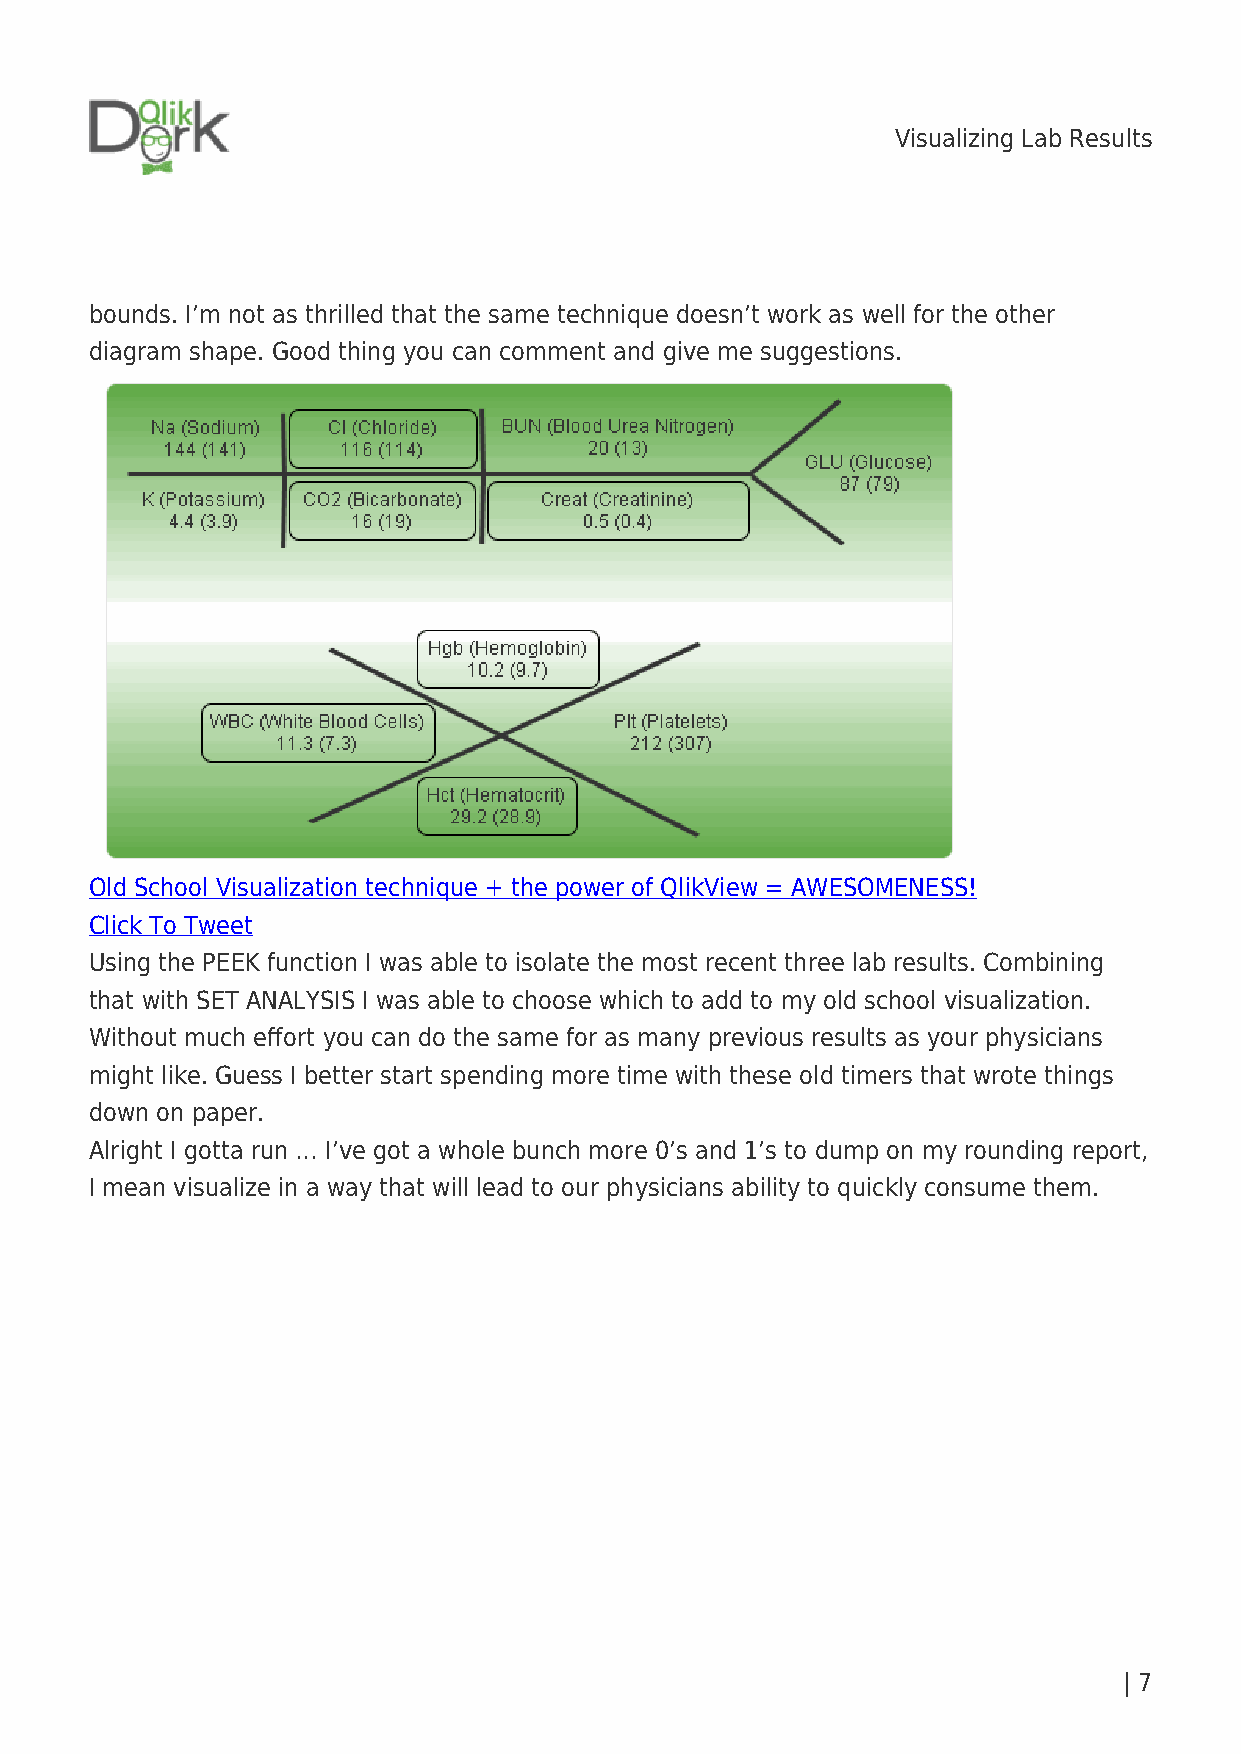
Visualizing Lab Results
 bounds. I’m not as thrilled that the same technique doesn’t work as well for the other
 diagram shape. Good thing you can comment and give me suggestions.
 Old School Visualization technique + the power of QlikView = AWESOMENESS!
 Click To Tweet
 Using the PEEK function I was able to isolate the most recent three lab results. Combining
 that with SET ANALYSIS I was able to choose which to add to my old school visualization.
 Without much effort you can do the same for as many previous results as your physicians
 might like. Guess I better start spending more time with these old timers that wrote things
 down on paper.
 Alright I gotta run … I’ve got a whole bunch more 0’s and 1’s to dump on my rounding report,
 I mean visualize in a way that will lead to our physicians ability to quickly consume them.
 | 7